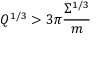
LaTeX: Q ^ { 1 / 3 } > 3 \pi \frac { \Sigma ^ { 1 / 3 } } m